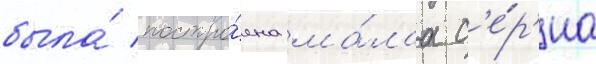
была́ постро́ена ма́лаа с'е́р'иа